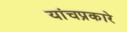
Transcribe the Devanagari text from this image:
यांचप्रकारे